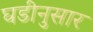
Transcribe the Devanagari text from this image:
घडीनुसार